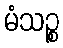
မံသဉ္စ